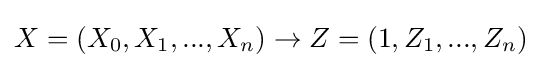
X=(X_{0},X_{1},...,X_{n})\to Z=(1,Z_{1},...,Z_{n})